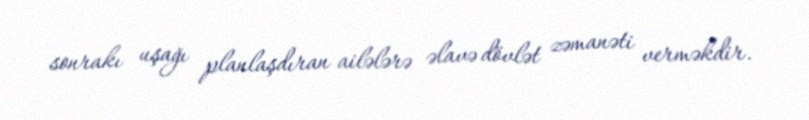
sonrakı uşağı planlaşdıran ailələrə əlavə dövlət zəmanəti verməkdir.